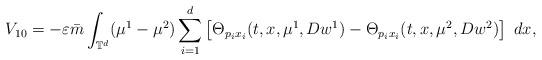
LaTeX: \begin{align*}V_{10}=-\varepsilon\bar{m}\int_{\mathbb{T}^{d}}(\mu^{1}-\mu^{2})\sum_{i=1}^{d}\left[\Theta_{p_{i}x_{i}}(t,x,\mu^{1},Dw^{1})-\Theta_{p_{i}x_{i}}(t,x,\mu^{2},Dw^{2})\right]\ dx,\end{align*}